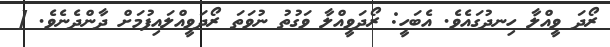
ރޯދަ ވީއްލާ ހިނދުގައެވެ. އެބަހީ: ރޯދަވީއްލާ ވަގުތު ނުވަތަ ރޯދަވީއްލައިފުމަށް ދާންދެނެވެ. [